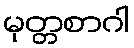
မုတ္တစာဂါ